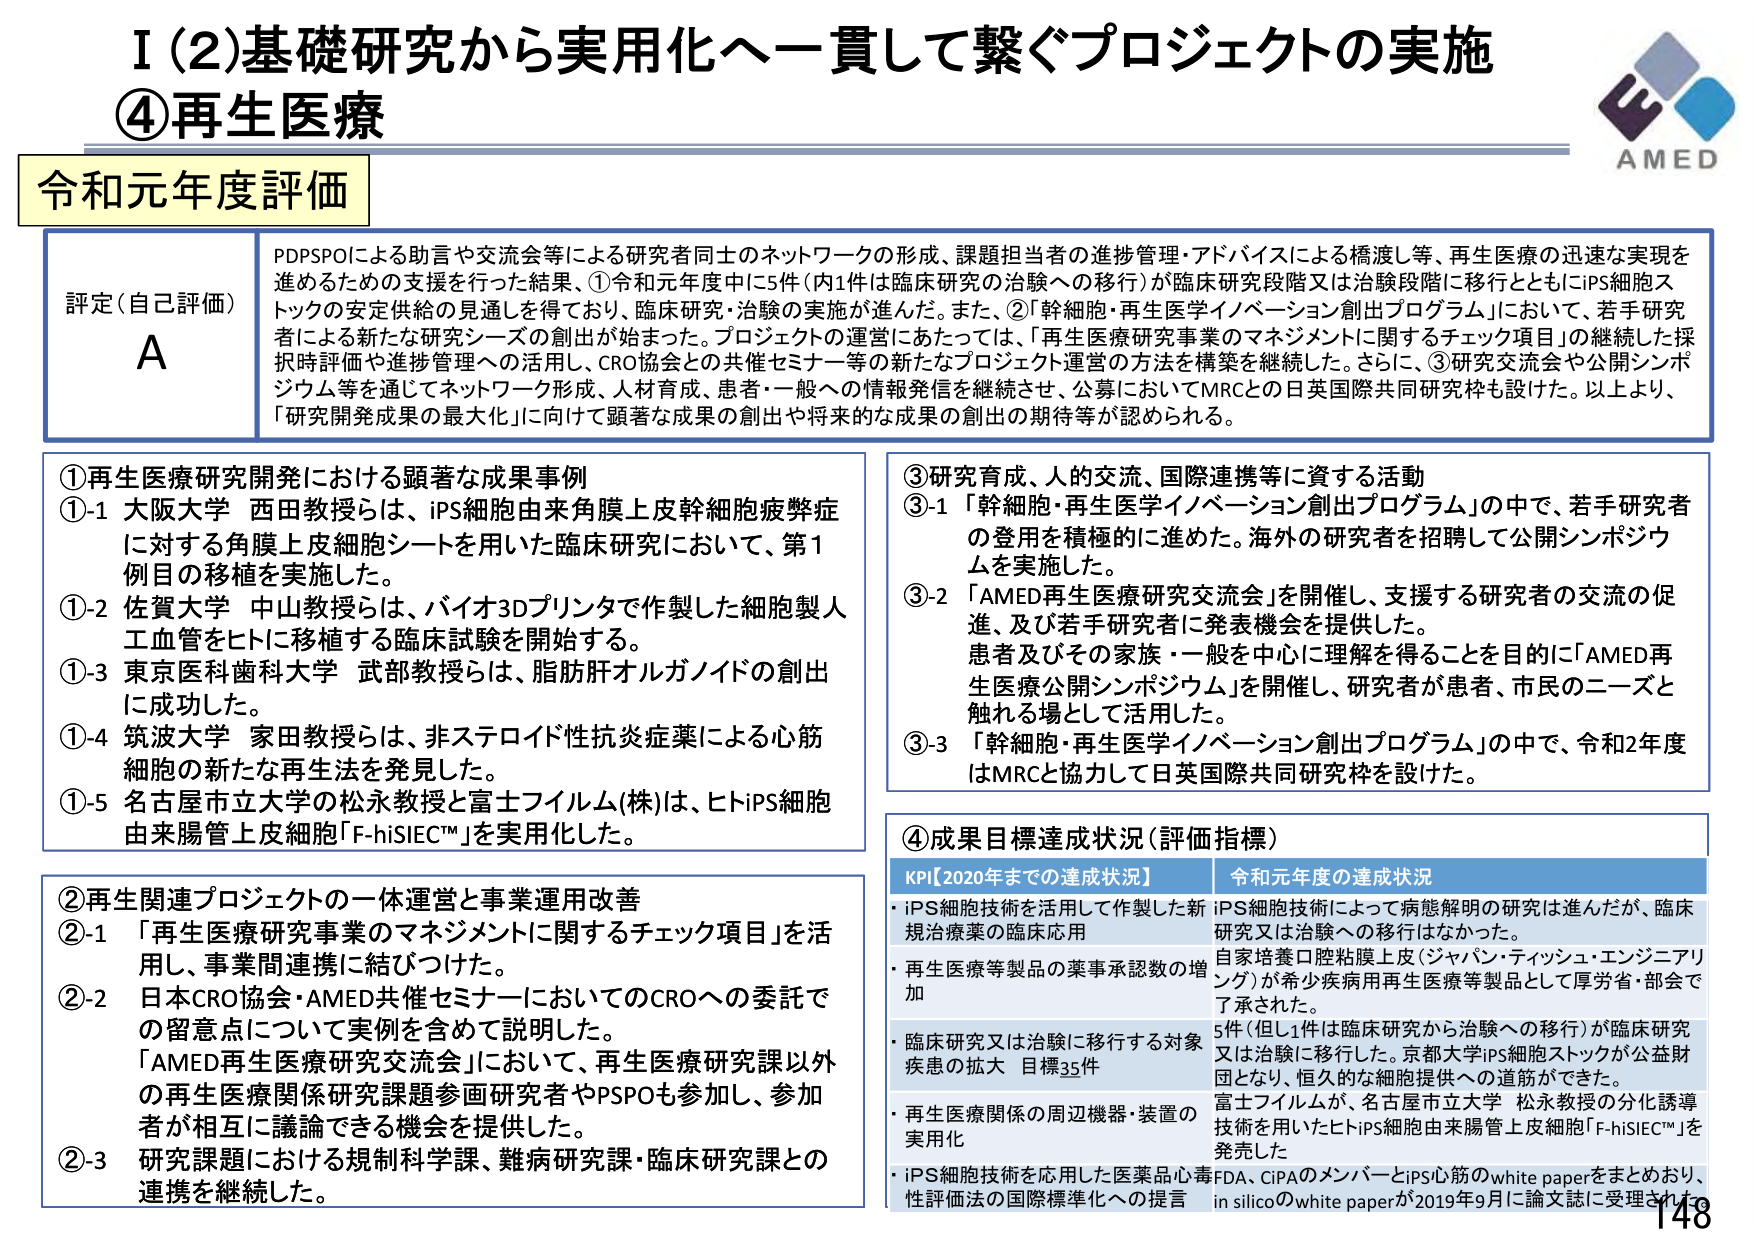
I (2) 基礎研究から実用化へ一貫して繋ぐプロジェクトの実施
④再生医療

AMED

令和元年度評価

評定（自己評価）
A
PDPSPOによる助言や交流会等による研究者同士のネットワークの形成、課題担当者の進捗管理・アドバイスによる橋渡し等、再生医療の迅速な実現を進めるための支援を行った結果、①令和元年度中に5件（内1件は臨床研究の治験への移行）が臨床研究段階又は治験段階に移行とともにiPS細胞ストックの安定供給の見通しを得ており、臨床研究・治験の実施が進んだ。また、②「幹細胞・再生医学イノベーション創出プログラム」において、若手研究者による新たな研究シーズの創出が始まった。プロジェクトの運営にあたっては、「再生医療研究事業のマネジメントに関するチェック項目」の継続した採択時評価や進捗管理への活用し、CRO協会との共催セミナー等の新たなプロジェクト運営の方法を構築を継続した。さらに、③研究交流会や公開シンポジウム等を通じてネットワーク形成、人材育成、患者・一般への情報発信を継続させ、公募においてMRCとの日英国際共同研究枠も設けた。以上より、「研究開発成果の最大化」に向けて顕著な成果の創出や将来的な成果の創出の期待等が認められる。

①再生医療研究開発における顕著な成果事例
①-1 大阪大学 西田教授らは、iPS細胞由来角膜上皮幹細胞疲弊症に対する角膜上皮細胞シートを用いた臨床研究において、第1例目の移植を実施した。
①-2 佐賀大学 中山教授らは、バイオ3Dプリンタで作製した細胞製人工血管をヒトに移植する臨床試験を開始する。
①-3 東京医科歯科大学 武部教授らは、脂肪肝オルガノイドの創出に成功した。
①-4 筑波大学 家田教授らは、非ステロイド性抗炎症薬による心筋細胞の新たな再生法を発見した。
①-5 名古屋市立大学の松永教授と富士フイルム(株)は、ヒトiPS細胞由来腸管上皮細胞「F-hiSEC™」を実用化した。

②再生関連プロジェクトの一休運営と事業運用改善
②-1 「再生医療研究事業のマネジメントに関するチェック項目」を活用し、事業間連携に結びつけた。
②-2 日本CRO協会・AMED共催セミナーにおいてのCROへの委託での留意点について実例を含めて説明した。
「AMED再生医療研究交流会」において、再生医療研究課以外の再生医療関係研究課題参画研究者やPSPOも参加し、参加者が相互に議論できる機会を提供した。
②-3 研究課題における規制科学課、難病研究課・臨床研究課との連携を継続した。

③研究育成、人的交流、国際連携等に資する活動
③-1 「幹細胞・再生医学イノベーション創出プログラム」の中で、若手研究者の登用を積極的に進めた。海外の研究者を招聘して公開シンポジウムを実施した。
③-2 「AMED再生医療研究交流会」を開催し、支援する研究者の交流の促進、及び若手研究者に発表機会を提供した。患者及びその家族・一般を中心に理解を得ることを目的に「AMED再生医療公開シンポジウム」を開催し、研究者が患者、市民のニーズと触れる場として活用した。
③-3 「幹細胞・再生医学イノベーション創出プログラム」の中で、令和2年度はMRCと協力して日英国際共同研究枠を設けた。

④成果目標達成状況（評価指標）
KPI【2020年までの達成状況】 令和元年度の達成状況
・iPS細胞技術を活用して作製した新規治療薬の臨床応用 iPS細胞技術によって病態解明の研究は進んだが、臨床研究又は治験への移行はなかった。
・再生医療等製品の薬事承認数の増加 自家培養口腔粘膜上皮（ジャパン・ティッシュ・エンジニアリング）が希少疾病用再生医療等製品として厚労省・部会で了承された。
・臨床研究又は治験に移行する対象疾患の拡大 目標35件 5件（但し1件は臨床研究から治験への移行）が臨床研究又は治験に移行した。京都大学iPS細胞ストックが公益財団となり、恒久的な細胞提供への道筋ができた。
・再生医療関係の周辺機器・装置の実用化 富士フイルムが、名古屋市立大学 松永教授の分化誘導技術を用いたヒトiPS細胞由来腸管上皮細胞「F-hiSEC™」を発売した
・iPS細胞技術を応用した医薬品心血管FDA、CIPAのメンバーとiPS心筋のwhite paperをまとめおり、性評価法の国際標準化への提言 in silicoのwhite paperが2019年9月に論文誌に受理された

148